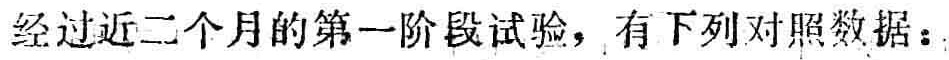
经过近二个月的第一阶段试验，有下列对照数据：